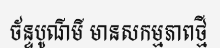
ច័ន្ទបូណ៌មី មានសកម្មភាពថ្មី